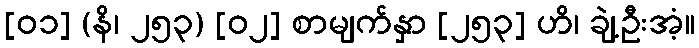
[၀၁] (နိ၊ ၂၅၃) [၀၂] စာမျက်နှာ [၂၅၃] ဟိ၊ ချဲ့ဦးအံ့။